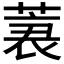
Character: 𰱪